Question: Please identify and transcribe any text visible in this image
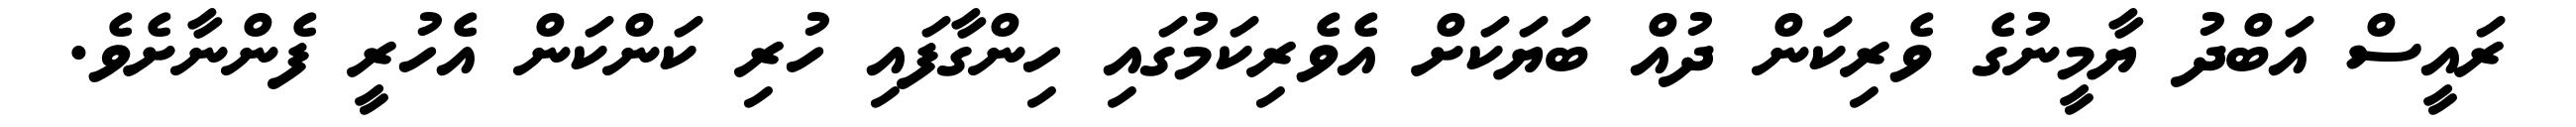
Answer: ރައީސް އަބްދު ޔާމީނުގެ ވެރިކަން ދުއް ބަޔަކަށް އެވެރިކަމުގައި ހިންގާފައި ހުރި ކަންކަން އެހުރީ ފެންނާށެވެ.